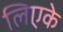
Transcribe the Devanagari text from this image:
लिएके